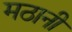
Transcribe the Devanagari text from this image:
मठानी